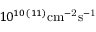
1 0 ^ { 1 0 \, ( 1 1 ) } \mathrm { { c m } ^ { - 2 } \mathrm { { s } ^ { - 1 } } }